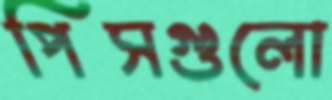
পিসগুলো